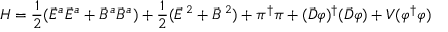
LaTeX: { \cal H } = \frac { 1 } { 2 } ( \vec { E } ^ { a } \vec { E } ^ { a } + \vec { B } ^ { a } \vec { B } ^ { a } ) + \frac { 1 } { 2 } ( \vec { \cal E } ^ { \, 2 } + \vec { \cal B } ^ { \, 2 } ) + \pi ^ { \dagger } \pi + ( \vec { D } \varphi ) ^ { \dagger } ( \vec { D } \varphi ) + V ( \varphi ^ { \dagger } \varphi )